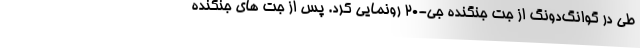
طی در گوانگ‌دونگ از جت جنگنده جی-20 رونمایی کرد. پس از جت های جنگنده